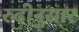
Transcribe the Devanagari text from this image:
रुढीनुसार